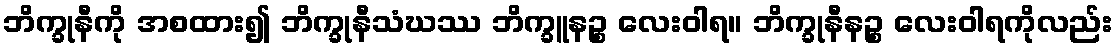
ဘိက္ခုနီကို အစထား၍ ဘိက္ခုနီသံဃဿ ဘိက္ခူနဉ္စ လေးဝါရ။ ဘိက္ခုနီနဉ္စ လေးဝါရကိုလည်း